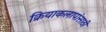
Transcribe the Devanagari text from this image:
क्रियाकलापांसाठी